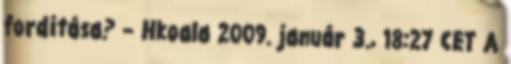
fordítása? – Hkoala 2009. január 3., 18:27 CET A